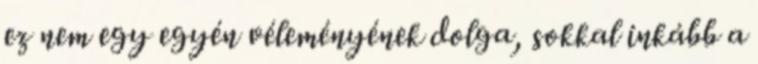
ez nem egy egyén véleményének dolga, sokkal inkább a